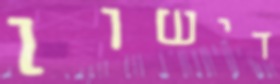
דישון